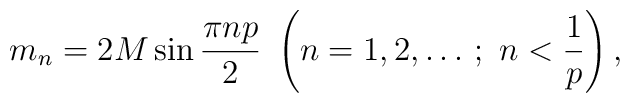
m_n=2M\sin\frac{\pi np}{2}~ \left(n=1,2,\ldots\,;~n<\frac{1}{p}\right),